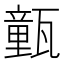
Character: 㼿